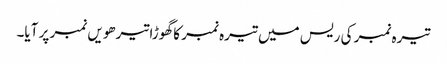
تیرہ نمبر کی ریس میں تیرہ نمبر کا گھوڑا تیرھویں نمبر پر آیا۔